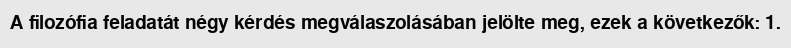
A filozófia feladatát négy kérdés megválaszolásában jelölte meg, ezek a következők: 1.